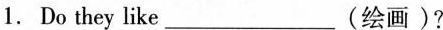
1.Do they like___(绘画)?